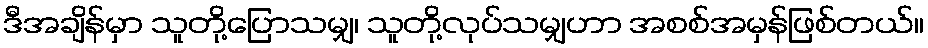
ဒီအချိန်မှာ သူတို့ပြောသမျှ၊ သူတို့လုပ်သမျှဟာ အစစ်အမှန်ဖြစ်တယ်။